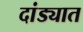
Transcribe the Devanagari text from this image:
दांड्यात